Scientific memoirs by medical officers of the Army of India - Part II,
Year: 1886
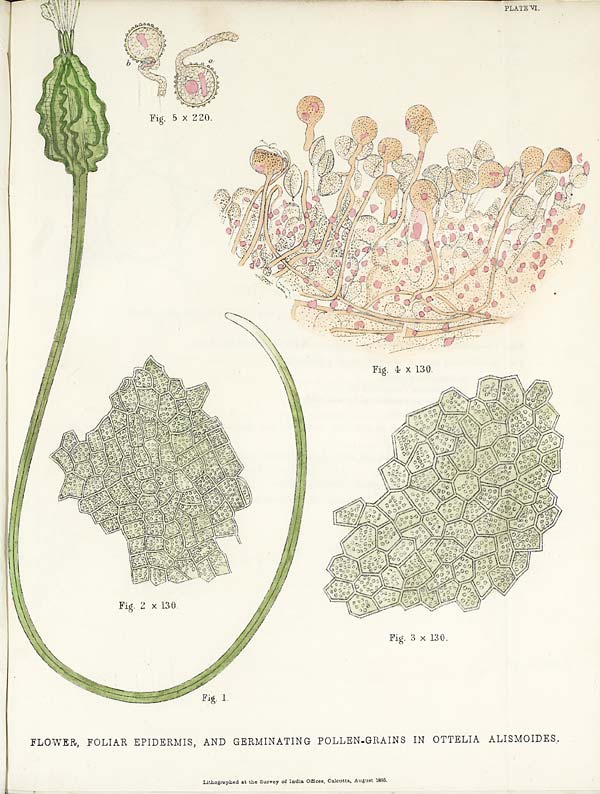
PLATE VI.
FLOWER, FOLIAR EPIDERMIS, AND GERMINATING POLLEN-GRAINS IN OTTELIA ALISMOIDES.
Lithographed at the Survey of India Offices, Calcutta, August 1886 .